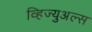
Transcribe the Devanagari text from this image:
व्हिज्युअल्स